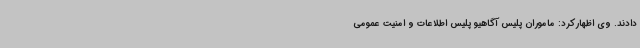
دادند. وی اظهارکرد: ماموران پلیس آگاهیو پلیس اطلاعات و امنیت عمومی